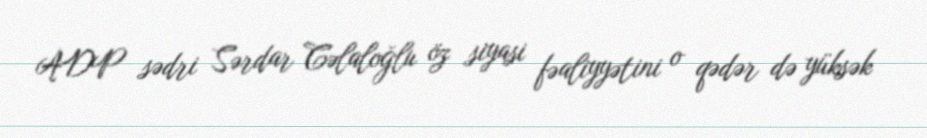
ADP sədri Sərdar Cəlaloğlu öz siyasi fəaliyyətini o qədər də yüksək